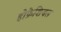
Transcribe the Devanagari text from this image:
होफ़ेशियल